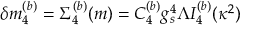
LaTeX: \delta m _ { 4 } ^ { ( b ) } = \Sigma _ { 4 } ^ { ( b ) } ( m ) = C _ { 4 } ^ { ( b ) } g _ { s } ^ { 4 } \Lambda I _ { 4 } ^ { ( b ) } ( \kappa ^ { 2 } )